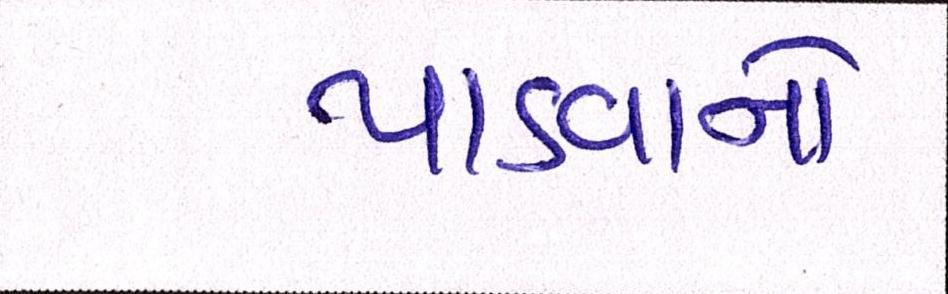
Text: પાડવાનો